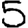
Digit: 5